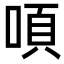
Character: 㖽